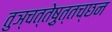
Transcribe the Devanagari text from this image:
तुञ्चत्तेष़ुत्तच्छन